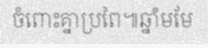
ចំពោះគ្នាប្រពៃ៕ឆ្នាំមមែ